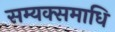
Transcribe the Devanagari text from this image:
सम्यक्समाधि